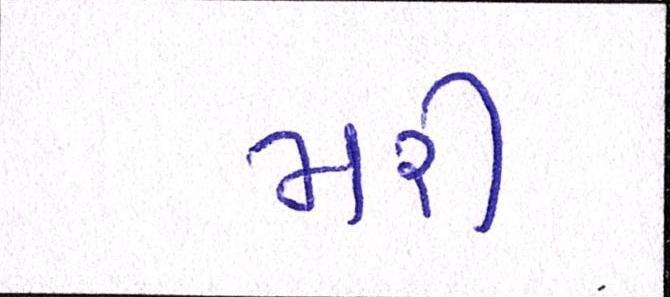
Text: મરી